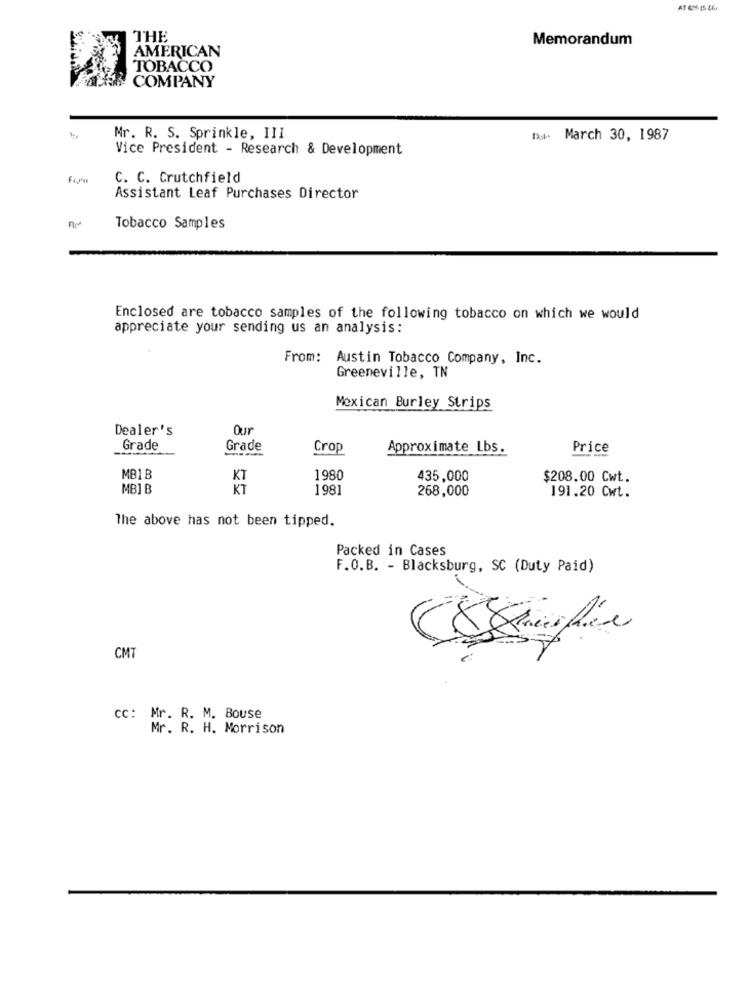
THE
Memorandum
AMERICAN
TOBACCO
COMPANY
Mr. R. S. Sprinkle, III
Tx- March 30, 1987
Vice President - Research & Development
C. C. Crutchfield
Assistant Leaf Purchases Director
Tobacco Samples
Enclosed are tobacco samples of the following tobacco on which we would
appreciate your sending us an analysis:
From: Austin Tobacco Company, Inc.
Greeneville, TN
Mexican Burley Strips
Dealer's
Our
Grade
Grade
Crop
Approximate Lbs.
Price
---
MB1B
1980
435,000
$208.00 Cwt.
MB] B
KT
1981
268,000
191.20 Cwt.
The above has not been tipped.
Packed in Cases
F.O.B. - Blacksburg, SC (Duty Paid)
CMT
CC: Mr. R. M. Bouse
Mr. R. H. Morrison